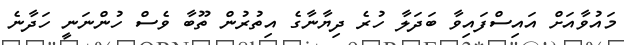
މައުވާއަށް އައިސްފައިވާ ބަދަލާ ހުރެ ދިޔާނާގެ އިތުރުން ތޫބާ ވެސް ހުންނަނީ ހަދާނެ